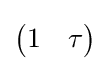
{\begin{pmatrix}1&\tau \end{pmatrix}}